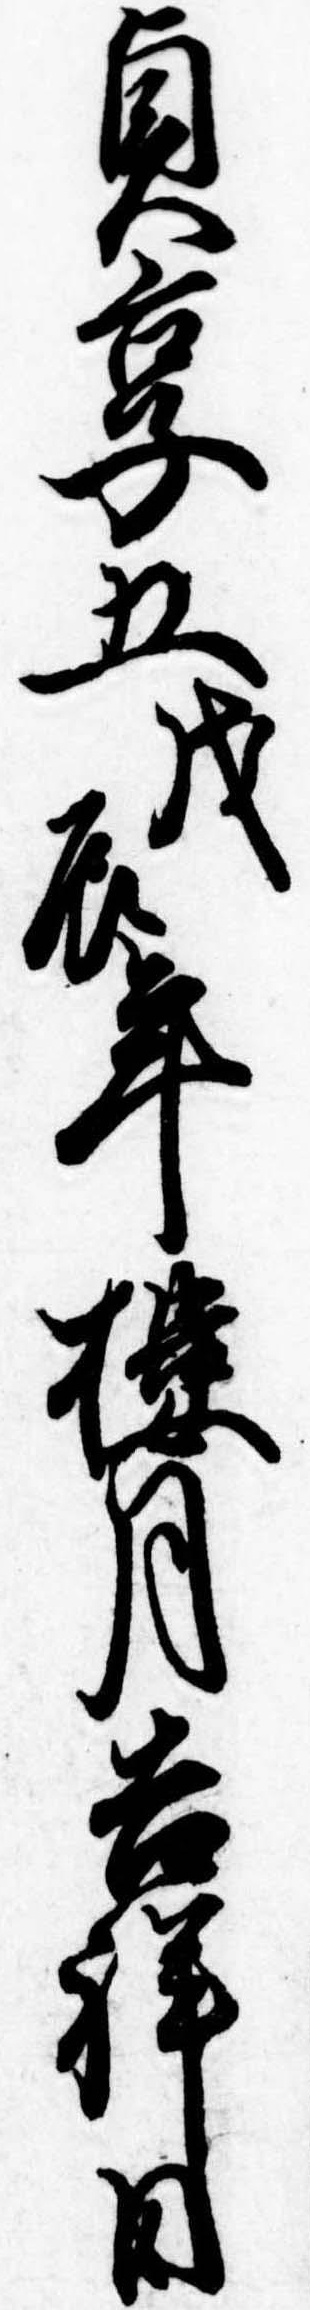
貞享五戊辰年楼月吉祥日